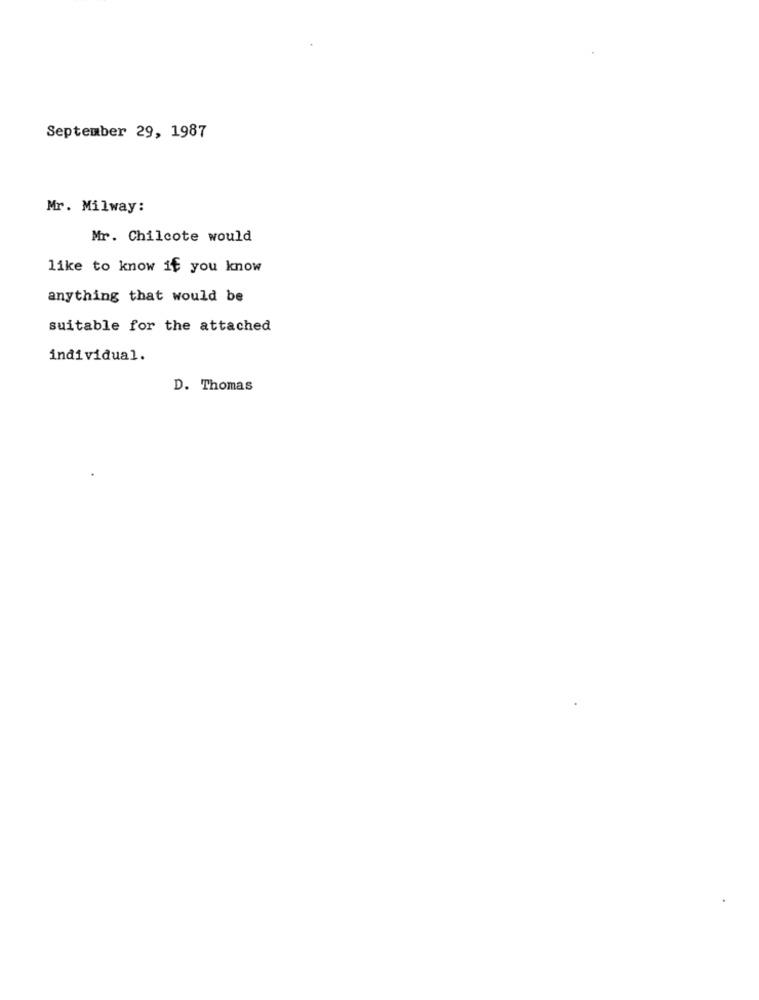
September 29, 1987
Mr. Milway:
Mr. Chilcote would
like to know if you know
anything that would be
suitable for the attached
individual.
D. Thomas